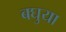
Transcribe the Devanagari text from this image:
बघुया